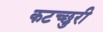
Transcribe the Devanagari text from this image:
कटच्छुरी